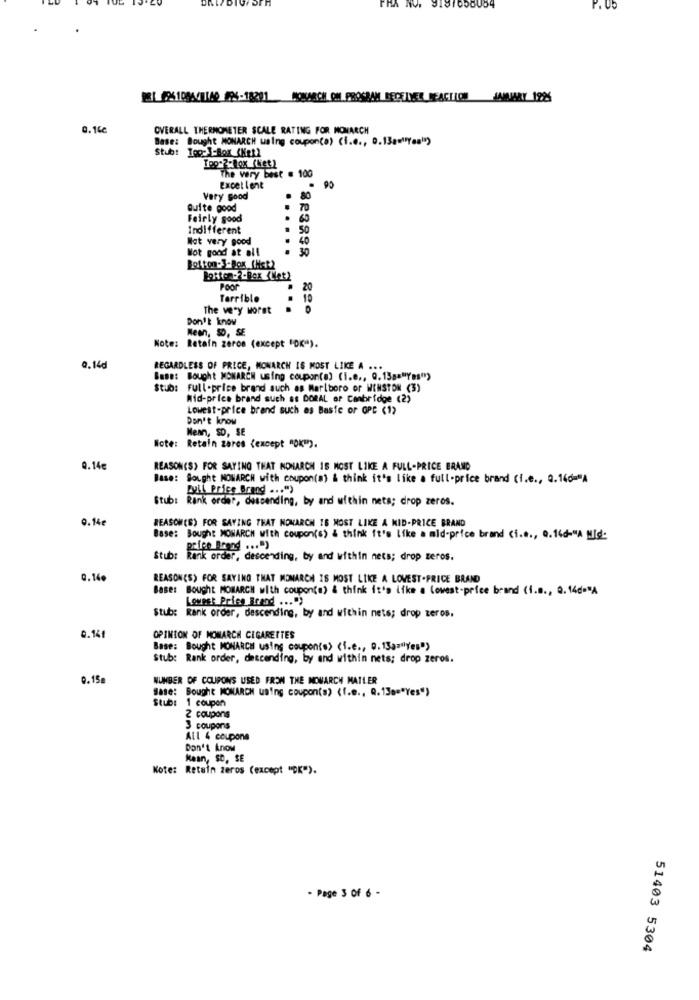
PHA NO. 9187058064
P. U5
0.16c
OVERALL THERMOMETER SCALE RATING FOR MONARCH
Base: Bought MONARCH using coupon(a) (i.e ., D.13a=""Yes")
The very best . 100
Excellent
Very Good
Quite good
..
70
Fairly good
Indifferent
50
Not very good
Not good at all
30
Botton-3-Box (HER2
Poor
20
Terrible
. 10
The very worst
Don't know
Mean, 50, SE
Note: Retain zeros (except "OK").
0,14d
REGARDLESS OF PRICE, MONARCH IS MOST LIKE A ...
Base: Bought MONARCH using coupon(s) (I.e ., Q.13a="Yes")
Stub: Full-price brand such as Marlboro or WINSTON (3)
Mid-price brand such as DORAL of Cambridge (2)
Lowest-price brand such as Basic or OPC (1)
Don't know
Mean, SD, SE
Note: Retain zares (except "OK").
Q.14€
REASON(S) FOR SAYING THAT NOMARCH 15 NOST LIKE A FULL-PRICE BRAND
Base: Sought MONARCH with coupon(a) & think it's like a full-price brand (i.e ., Q.140="A
PULL Price Brand ... ")
Stub: Rank order, descending, by and within nets; drop zeros.
0.14€
REASON(S) FOR SAYING THAT NOMARCH IS MOST LIKE A MID-PRICE BRAND
Base: Bought MONARCH with coupon(s) & think it's like a mid-price brand (i.e ., Q.14d-"A Mid-
prico Brand ... ")
Stub: Rank order, descending, by and within nets; drop zeros.
0.14
REASON(S) FOR SAYING THAT MOMARCH IS MOST LIKE A LOWEST-PRICE BRAND
Base: Bought MONARCH with coupon(a) & think it's ifke a lowest-price brand (i.a ., Q.14c="A
Lowest Pries Bread ... ")
Stub: Rank order, descending, by and within nets; drop zeros.
0.141
OPINION OF MONARCH CIGARETTES
Base: Bought MONARCH using coupon(s) (i.e ., 0. 13a="Yes")
Stub: Rank order, descending, by and within nets; drop zeros.
0.15
NUMBER OF COUPONS USED FROM THE MOWARCH MATLER
Base: Bought MONARCH using coupon(s) (f.e ., Q.130="Yes")
Stub: 1 coupon
2 coupons
3 coupons
All 4 coupons
Don't know
Kaan, SO, SE
Note: Retain zeros (except "OK").
- Page 3 Of 6 -
51403 5304